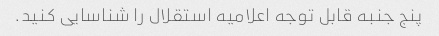
پنج جنبه قابل توجه اعلامیه استقلال را شناسایی کنید.